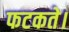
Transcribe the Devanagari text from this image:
फटकते।